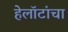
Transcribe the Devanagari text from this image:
हेलॉटांचा